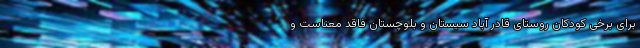
برای برخی کودکان روستای قادر آباد سیستان و بلوچستان فاقد معناست و